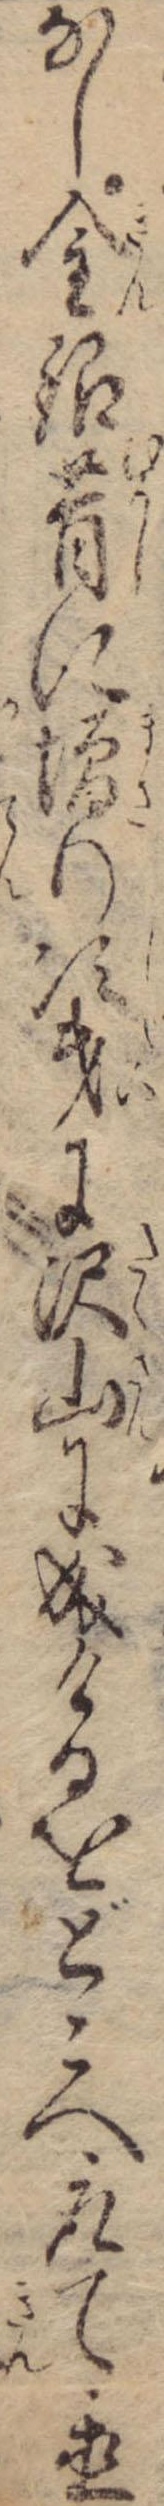
なし金銀昔に増り次第に沢山に成けるをどこへ取て置